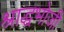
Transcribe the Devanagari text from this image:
श्राद्धभोजी